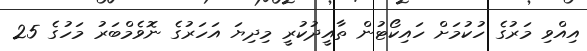
އިއްވި މަރުގެ ހުކުމަށް ހައިކޯޓުން ތާއީދުކުރީ މިދިޔަ އަހަރުގެ ނޮވެމްބަރު މަހުގެ 25